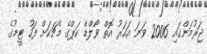
ޖަރުމަންގައި 2006 ވަނަ އަހަރު އޮތް ވޯލްޑް ކަޕްގެ މެޗަކަށް ފަހު ޓީމުގެ